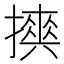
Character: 𢷇